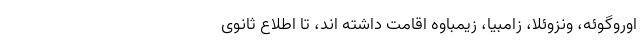
اوروگوئه، ونزوئلا، زامبیا، زیمباوه اقامت داشته اند، تا اطلاع ثانوی